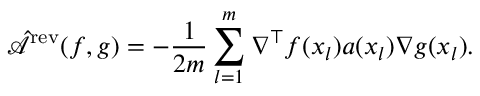
\hat { \mathcal { A } } ^ { \mathrm { r e v } } ( f , g ) = - \frac { 1 } { 2 m } \sum _ { l = 1 } ^ { m } \nabla ^ { \top } f ( x _ { l } ) a ( x _ { l } ) \nabla g ( x _ { l } ) .